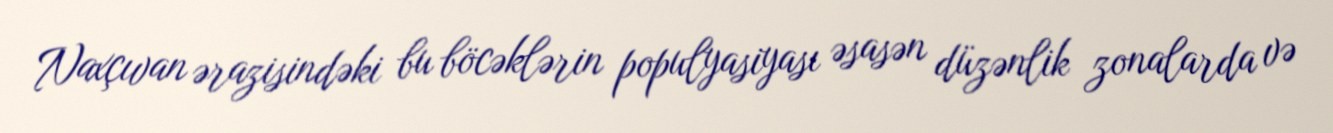
Naxçıvan ərazisindəki bu böcəklərin populyasiyası əsasən düzənlik zonalarda və